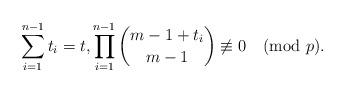
LaTeX: \begin{align*}\sum_{i=1}^{n-1} t_i=t,\prod_{i=1}^{n-1} \binom{m-1+t_i}{m-1} \not\equiv 0 \pmod p.\end{align*}